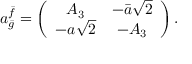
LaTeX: a _ { \bar { g } } ^ { \bar { f } } = \left( \begin{array} { c c } { { A _ { 3 } } } & { { - \bar { a } \sqrt { 2 } } } \\ { { - a \sqrt { 2 } } } & { { - A _ { 3 } } } \end{array} \right) .